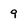
Character: 9